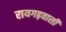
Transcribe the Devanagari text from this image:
रायगढ़वासी